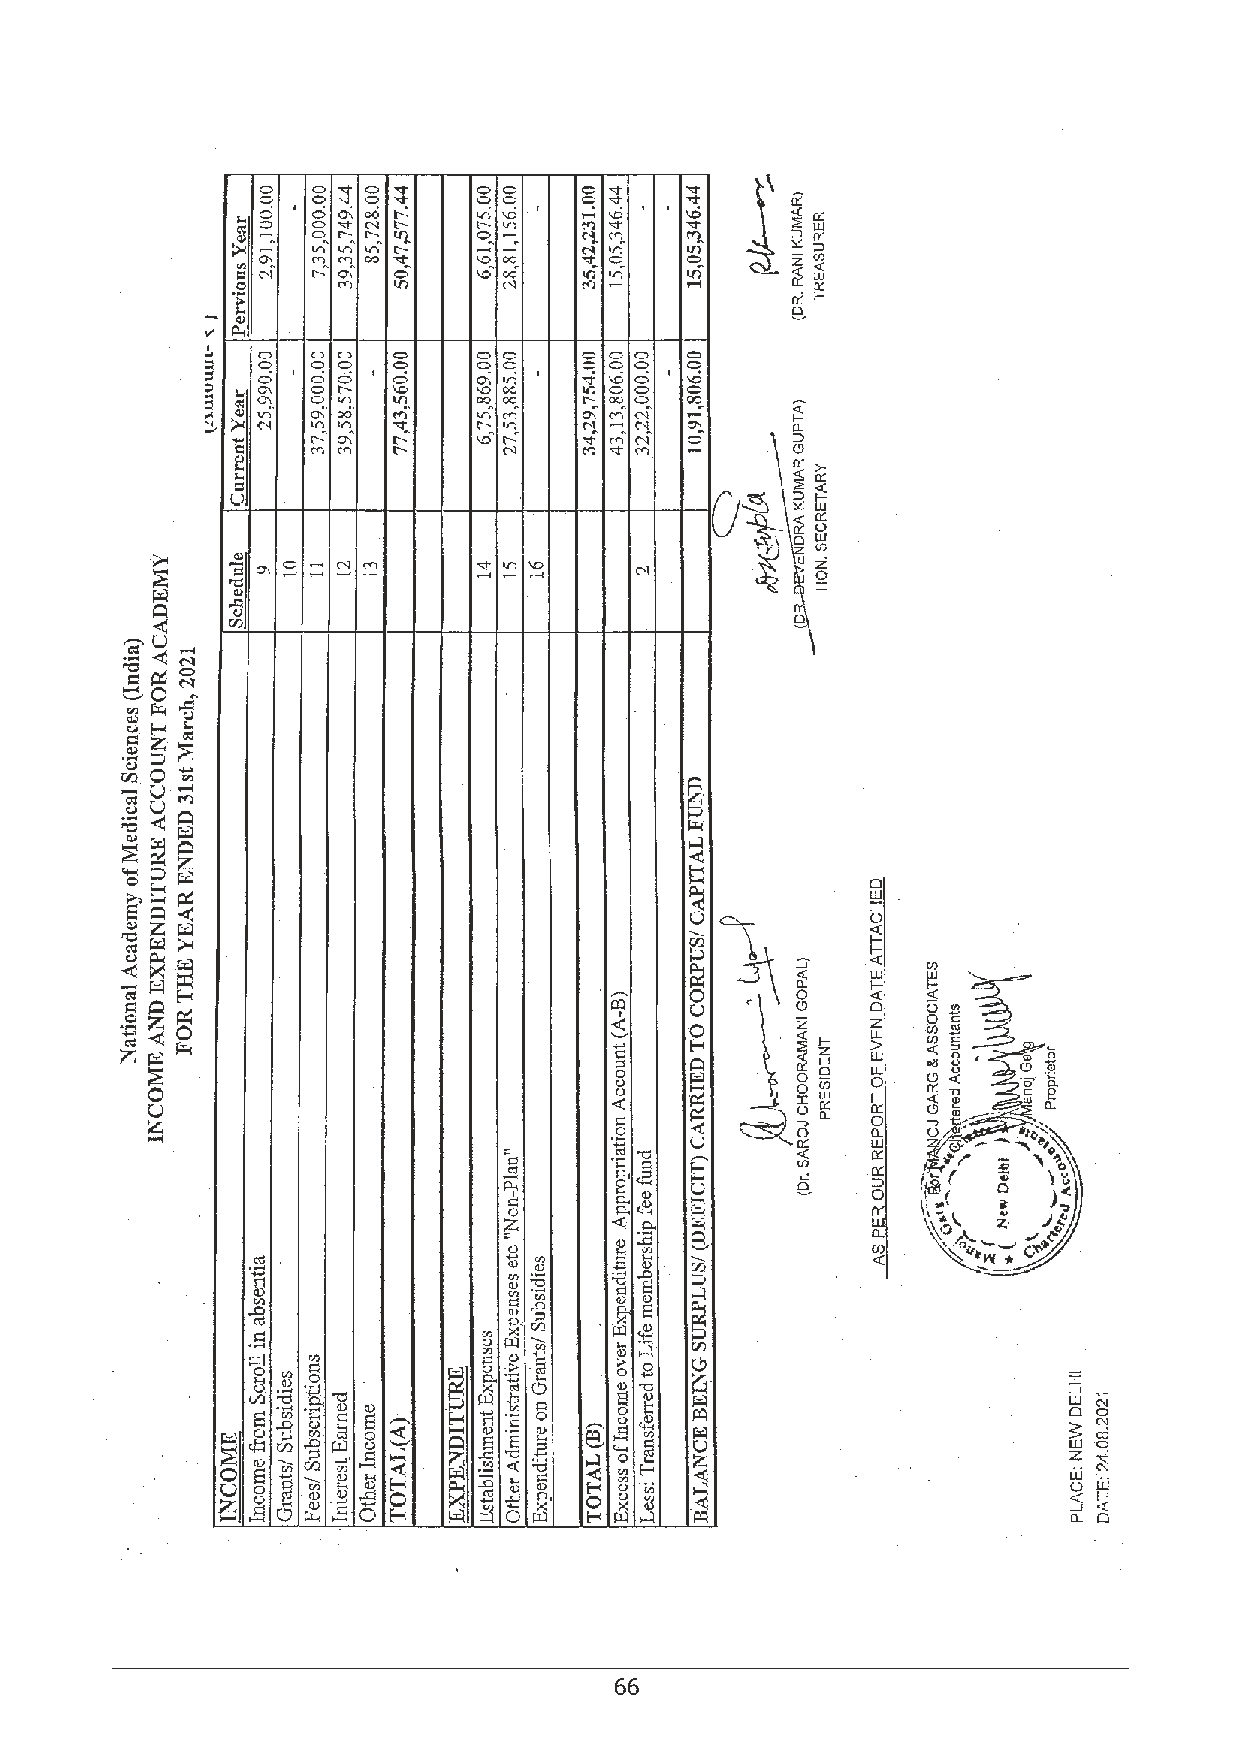
66                                                                                67